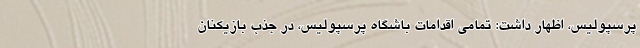
پرسپولیس، اظهار داشت: تمامی اقدامات باشگاه پرسپولیس، در جذب بازیکنان